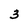
Character: 3